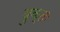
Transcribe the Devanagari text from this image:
युक्‍तः